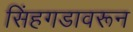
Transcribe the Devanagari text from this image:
सिंहगडावरून